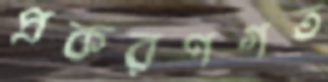
প্রকরণগত